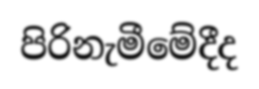
පිරිනැමීමේදීද